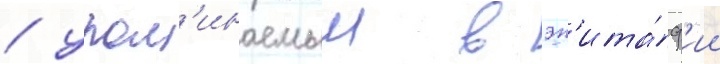
/ упом'инаемыи в эп'ита́ф'ии